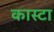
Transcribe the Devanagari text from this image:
कास्टा